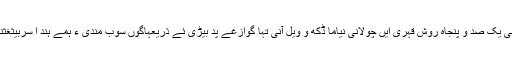
آہانی یک صد و پنجاہ روش قہری ایں چولانی نیاما ڈکھ و ویل آنی تہا گوازغے پد بیڑی ئے ذریعہاگوں سوب مندی ءَ ہمے ہند ا سربیثغثنت۔